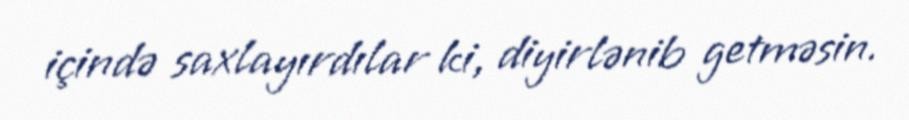
içində saxlayırdılar ki, diyirlənib getməsin.